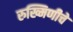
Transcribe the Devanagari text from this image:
रुख्मिणीचे